Madras plague regulations and rules - Volume 2
Disease focus: Plague
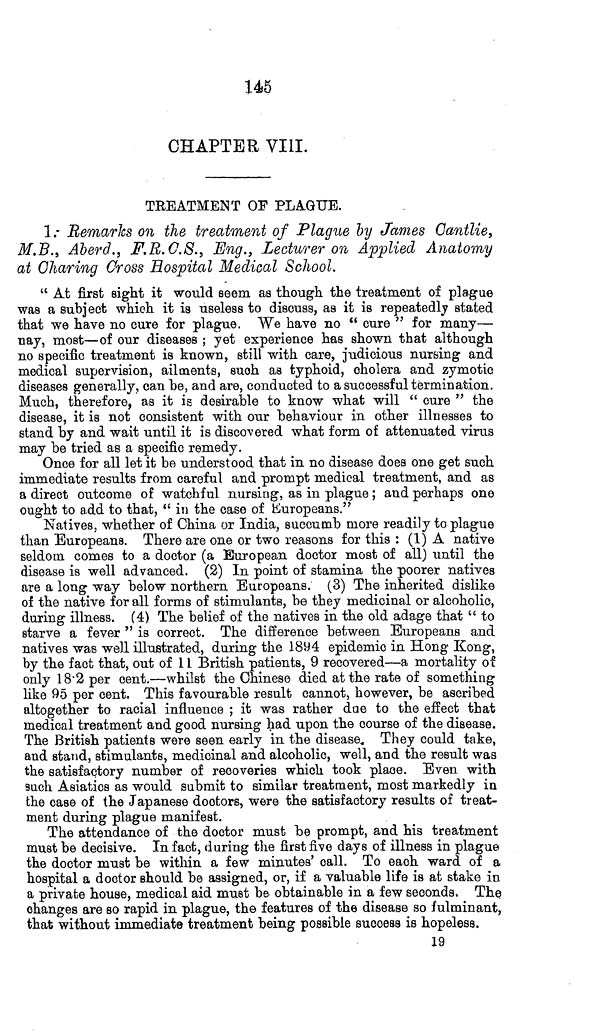
145
CHAPTER VIII.
TREATMENT OF PLAGUE.
1.- Remarks on the treatment of Plague by James Cantlie,
M.B., Aberd., F.R.C.S., Eng., Lecturer on Applied Anatomy
at Charing Cross Hospital Medical School.
" At first sight it would seem as though the treatment of plague
was a subject which it is useless to discuss, as it is repeatedly stated
that we have no cure for plague. We have no " cure " for many—
nay, most—of our diseases ; yet experience has shown that although
no specific treatment is known, still with care, judicious nursing and
medical supervision, ailments, such as typhoid, cholera and zymotic
diseases generally, can he, and are, conducted to a successful termination.
Much, therefore, as it is desirable to know what will " cure " the
disease, it is not consistent with our behaviour in other illnesses to
stand by and wait until it is discovered what form of attenuated virus
may be tried as a specific remedy.
Once for all let it be understood that in no disease does one get such
immediate results from careful and prompt medical treatment, and as
a direct outcome of watchful nursing, as in plague ; and perhaps one
ought to add to that, " in the case of Europeans."
Natives, whether of China or India, succumb more readily to plague
than Europeans. There are one or two reasons for this : (1) A native
seldom comes to a doctor (a European doctor most of all) until the
disease is well advanced. (2) In point of stamina the poorer natives
are a long way below northern Europeans. (3) The inherited dislike
of the native for all forms of stimulants, be they medicinal or alcoholic,
during illness. (4) The belief of the natives in the old adage that " to
starve a fever " is correct. The difference between Europeans and
natives was well illustrated, during the 1894 epidemic in Hong Kong,
by the fact that, out of 11 British patients, 9 recovered—a mortality of
only 18·2 per cent.—whilst the Chinese died at the rate of something
like 95 per cent. This favourable result cannot, however, be ascribed
altogether to racial influence ; it was rather due to the effect that
medical treatment and good nursing had upon the course of the disease.
The British patients were seen early in the disease. They could take,
and stand, stimulants, medicinal and alcoholic, well, and the result was
the satisfactory number of recoveries which took place. Even with
such Asiatics as would submit to similar treatment, most markedly in
the case of the Japanese doctors, were the satisfactory results of treat-
ment during plague manifest.
The attendance of the doctor must be prompt, and his treatment
must be decisive. In fact, during the first five days of illness in plague
the doctor must be within a few minutes' call. To each ward of a
hospital a doctor should be assigned, or, if a valuable life is at stake in
a private house, medical aid must be obtainable in a few seconds. The
changes are so rapid in plague, the features of the disease so fulminant,
that without immediate treatment being possible success is hopeless.
19